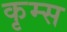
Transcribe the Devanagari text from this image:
कृम्स